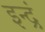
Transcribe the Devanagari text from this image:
इन्द्रं